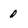
Character: 0